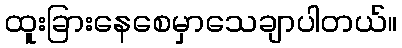
ထူးခြားနေစေမှာသေချာပါတယ်။